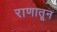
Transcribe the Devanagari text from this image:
राणातून